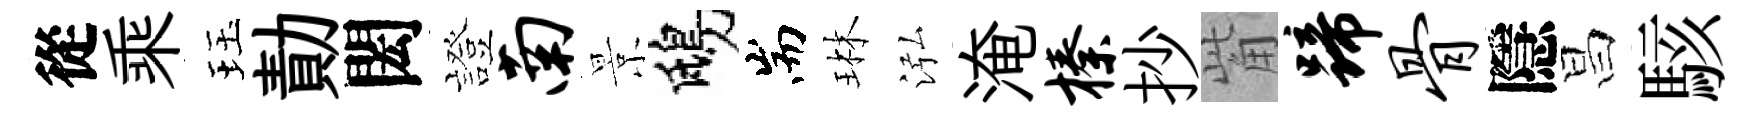
從乘珏勣閎證南景鴟耑琳泓淹榛抄觜蹄骨隱昌駭